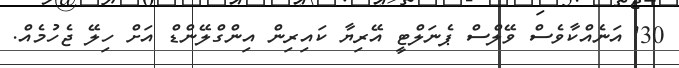
30' އަނެއްކާވެސް ވޭލްސް ޕެނަލްޓީ އޭރިޔާ ކައިރިން އިންގްލޭންޑް އަށް ހިލޭ ޖެހުމެއް.